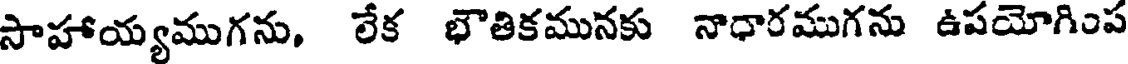
సాహాయ్యముగను, లేక భౌతికమునకు నాధారముగను ఉపయోగింప